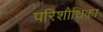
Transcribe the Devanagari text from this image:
परिशोधिका